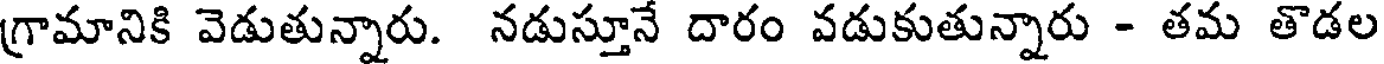
గ్రామానికి వెడుతున్నారు. నడుస్తూనే దారం వడుకుతున్నారు - తమ తొడల